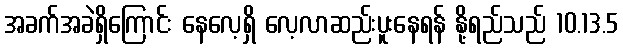
အခက်အခဲရှိကြောင်း နေလေ့ရှိ လေ့လာဆည်းပူးနေရန် နို့ရည်သည် 10.13.5